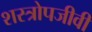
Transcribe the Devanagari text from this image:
शस्त्रोपजीवी